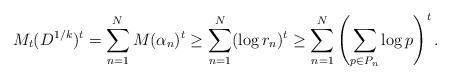
LaTeX: \begin{align*} M_t(D^{1/k})^t = \sum_{n=1}^N M(\alpha_n)^t \geq \sum_{n=1}^N (\log r_n)^t \geq \sum_{n=1}^N\left( \sum_{p\in P_n} \log p\right)^t.\end{align*}